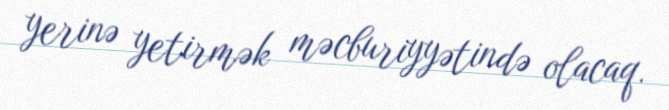
yerinə yetirmək məcburiyyətində olacaq.